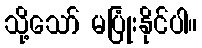
သို့သော် မပြုံးနိုင်ပါ။